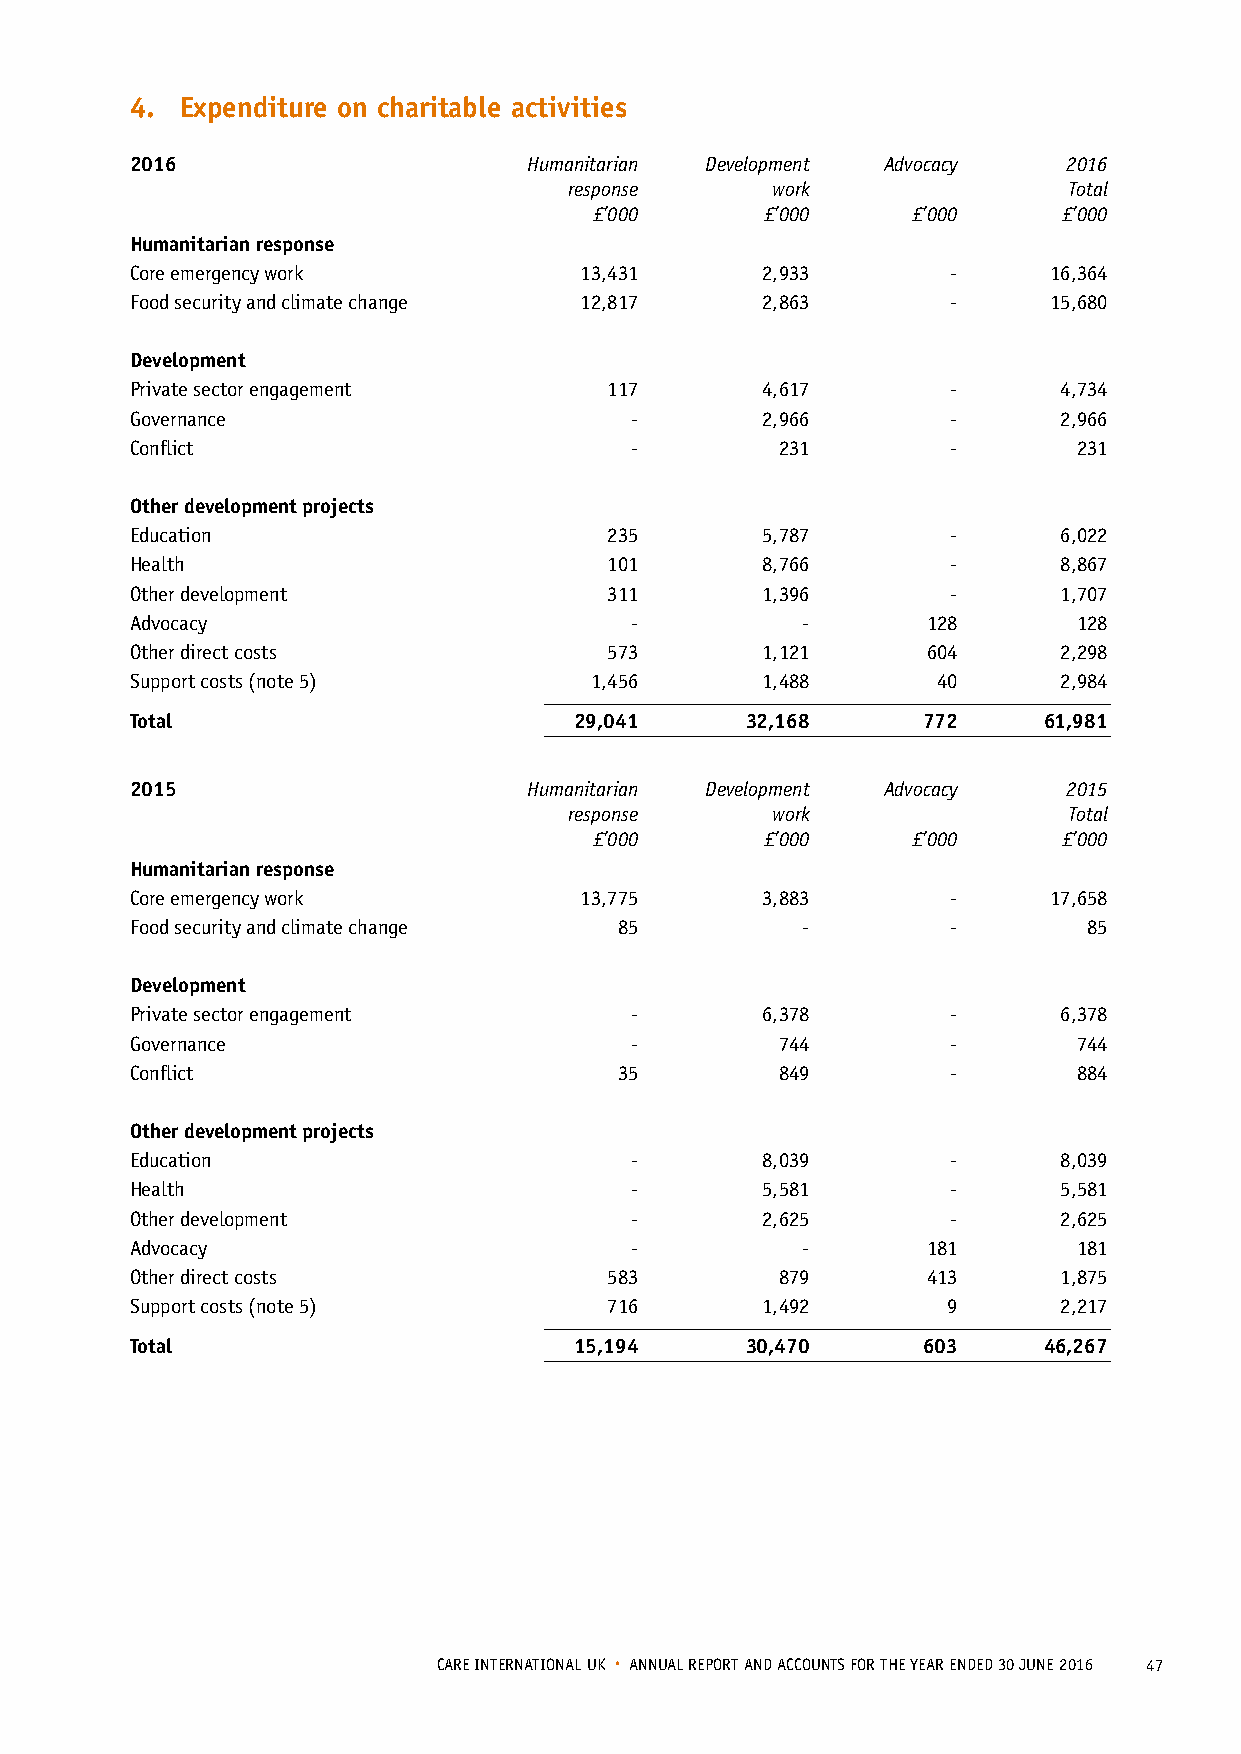
4. Expenditure on charitable activities
 2016                      Humanitarian Development Advocacy   2016
 response     work                Total
 £’000       £’000    £’000     £’000
 Humanitarian response
 Core emergency work          13,431      2,933        -     16,364
 Food security and climate change 12,817  2,863        -     15,680
 Development
 Private sector engagement      117       4,617        -      4,734
 Governance                       -       2,966        -      2,966
 Conflict                         -         231        -       231
 Other development projects
 Education                      235       5,787        -      6,022
 Health                         101       8,766        -      8,867
 Other development              311       1,396        -      1,707
 Advocacy                         -          -       128       128
 Other direct costs             573       1,121      604      2,298
 Support costs (note 5)        1,456      1,488       40      2,984
 Total                        29,041     32,168      772     61,981
 2015                      Humanitarian Development Advocacy   2015
 response     work                Total
 £’000       £’000    £’000     £’000
 Humanitarian response
 Core emergency work          13,775      3,883        -     17,658
 Food security and climate change 85         -         -        85
 Development
 Private sector engagement        -       6,378        -      6,378
 Governance                       -         744        -       744
 Conflict                        35         849        -       884
 Other development projects
 Education                        -       8,039        -      8,039
 Health                           -       5,581        -      5,581
 Other development                -       2,625        -      2,625
 Advocacy                         -          -       181       181
 Other direct costs             583         879      413      1,875
 Support costs (note 5)         716       1,492        9      2,217
 Total                        15,194     30,470      603     46,267
 CARE INTERNATIONAL UK • ANNUAL REPORT AND ACCOUNTS FOR THE YEAR ENDED 30 JUNE 2016 47